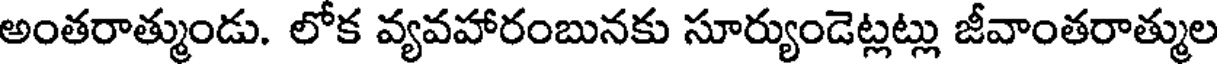
అంతరాత్ముండు. లోక వ్యవహారంబునకు సూర్యుండెట్లట్లు జీవాంతరాత్ముల